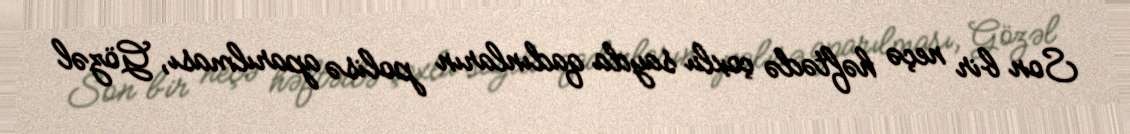
Son bir neçə həftədə çoxlu sayda qadınların polisə aparılması, Gözəl